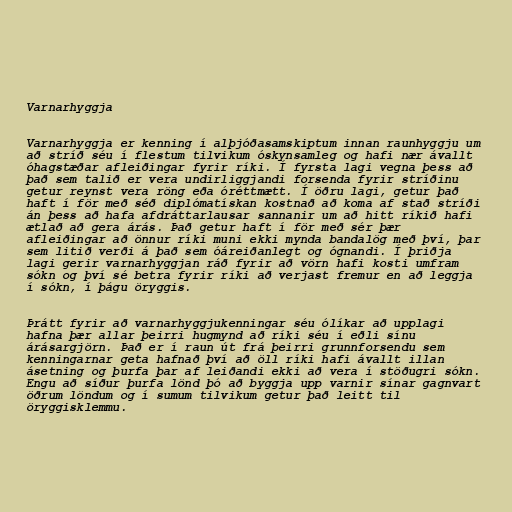
Varnarhyggja

Varnarhyggja er kenning í alþjóðasamskiptum innan raunhyggju um
að stríð séu í flestum tilvikum óskynsamleg og hafi nær ávallt
óhagstæðar afleiðingar fyrir ríki. Í fyrsta lagi vegna þess að
það sem talið er vera undirliggjandi forsenda fyrir stríðinu
getur reynst vera röng eða óréttmætt. Í öðru lagi, getur það
haft í för með séð diplómatískan kostnað að koma af stað stríði
án þess að hafa afdráttarlausar sannanir um að hitt ríkið hafi
ætlað að gera árás. Það getur haft í för með sér þær
afleiðingar að önnur ríki muni ekki mynda bandalög með því, þar
sem litið verði á það sem óáreiðanlegt og ógnandi. Í þriðja
lagi gerir varnarhyggjan ráð fyrir að vörn hafi kosti umfram
sókn og því sé betra fyrir ríki að verjast fremur en að leggja
í sókn, í þágu öryggis.

Þrátt fyrir að varnarhyggjukenningar séu ólíkar að upplagi
hafna þær allar þeirri hugmynd að ríki séu í eðli sínu
árásargjörn. Það er í raun út frá þeirri grunnforsendu sem
kenningarnar geta hafnað því að öll ríki hafi ávallt illan
ásetning og þurfa þar af leiðandi ekki að vera í stöðugri sókn.
Engu að síður þurfa lönd þó að byggja upp varnir sínar gagnvart
öðrum löndum og í sumum tilvikum getur það leitt til
öryggisklemmu.